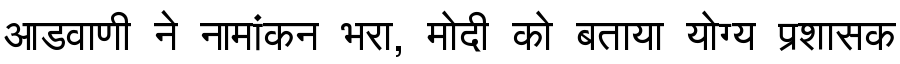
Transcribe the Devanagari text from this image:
आडवाणी ने नामांकन भरा, मोदी को बताया योग्य प्रशासक